Observations on rabies - Number 36
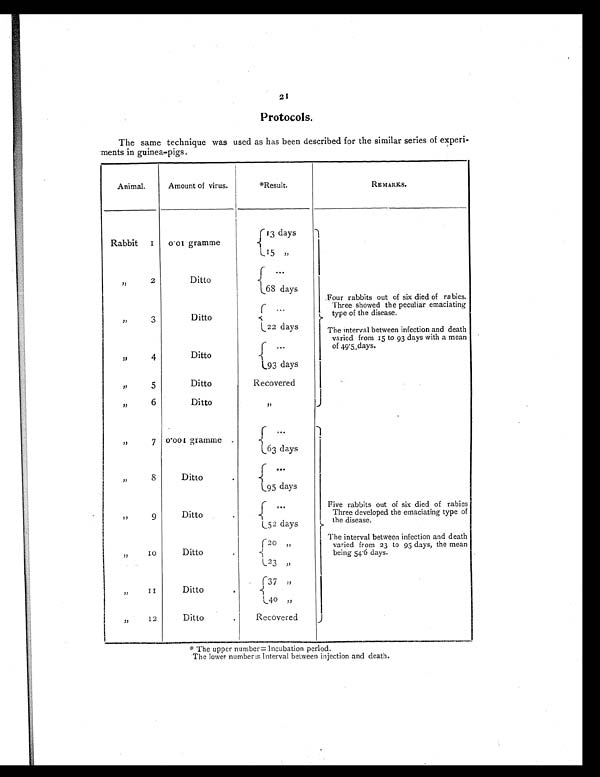
21
Protocols .
The same technique was used as has been described for the similar series of experi-
ments in guinea-pigs.
Animal.
Amount of virus.
*Result.
REMARKS.
Rabbit 1
0.01 gramme
13 days
1 5
, ,
,,
2
Ditto
. . .
6 8 d a y s
Four rabbits out of six died of rabies.
Three showed the peculiar emaciating
type of the disease.
,,
3
Ditto
. . .
22 days
The interval between infection and death
varied from 15 to 93 days with a mean
of 49.5 days.
, , 4
Ditto
. . .
93 days
,,
5
Ditto
Recovered
,,
6
Ditto
, ,
,,
7 0.001 gramme
. . .
63 days
,,
8
Ditto
. . .
95 days
,,
9
Ditto
...
Five rabbits out of six died of rabies
Three developed the emaciating type of
the disease.
52 days
,,
1 0
Ditto
20 „
The interval between infection and death
varied from 23 to 95 days, the mean
being 54.6 days.
23 ,,
,,
1 1
Ditto
37 ,,
4 0
, ,
,,
12
Ditto
Recovered
* T h e u p p e r n u m b e r = I n c u b a t i o n p e r i o d .
The lower number= Interval between injection and death.